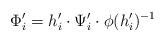
LaTeX: \begin{align*}\Phi'_i=h'_i\cdot \Psi'_i\cdot \phi(h'_i)^{-1}\end{align*}